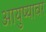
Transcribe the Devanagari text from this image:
आयुष्‍यावर